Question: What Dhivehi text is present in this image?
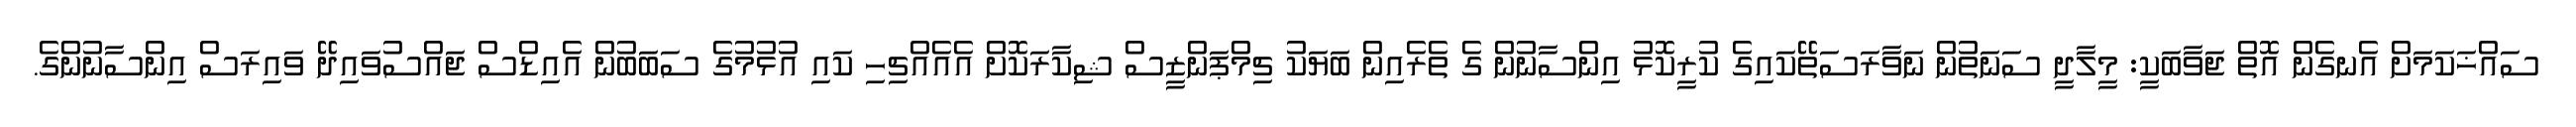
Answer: ސައްޚަކަމަށް އެނގެން އޮތް ޖަވާބަކީ: މީލާދީ ސަނަތުން ނަވާރަސަތޭކައިގެ ކުރީކޮޅު އިންސާނުން ގެ ތެރެއިން ބަޔަކު ޗިމްޕަންޒީސް ޝިކާރަކޮށް އެއެއްޗިހި ކައި އުޅުމުގެ ސަބަބުން އެއިޑްސް ޖައްސުވައިދޭ ވައިރަސް އިންސާނުންގެ.